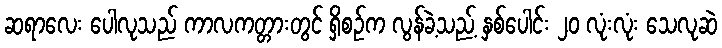
ဆရာလေး ပေါလုသည် ကာလကတ္တားတွင် ရှိစဉ်က လွန်ခဲ့သည့် နှစ်ပေါင်း ၂၀ လုံးလုံး သေလုဆဲ